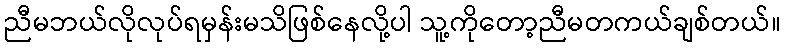
ညီမဘယ်လိုလုပ်ရမှန်းမသိဖြစ်နေလို့ပါ သူ့ကိုတော့ညီမတကယ်ချစ်တယ်။